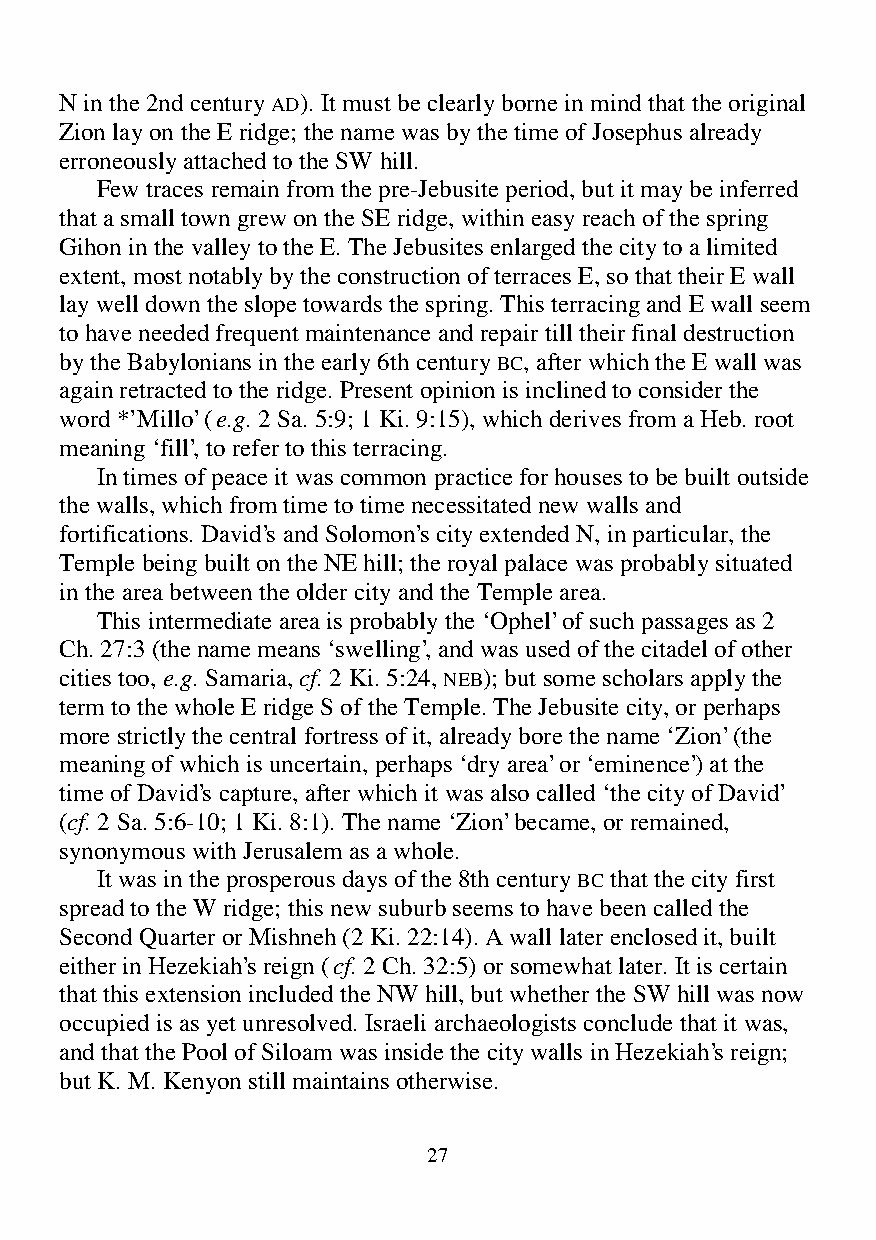
N in the 2nd century AD). It must be clearly borne in mind that the original
 Zion lay on the E ridge; the name was by the time of Josephus already
 erroneously attached to the SW hill.
 Few traces remain from the pre-Jebusite period, but it may be inferred
 that a small town grew on the SE ridge, within easy reach of the spring
 Gihon in the valley to the E. The Jebusites enlarged the city to a limited
 extent, most notably by the construction of terraces E, so that their E wall
 lay well down the slope towards the spring. This terracing and E wall seem
 to have needed frequent maintenance and repair till their final destruction
 by the Babylonians in the early 6th century BC, after which the E wall was
 again retracted to the ridge. Present opinion is inclined to consider the
 word *’Millo’ (e.g. 2 Sa. 5:9; 1 Ki. 9:15), which derives from a Heb. root
 meaning ‘fill’, to refer to this terracing.
 In times of peace it was common practice for houses to be built outside
 the walls, which from time to time necessitated new walls and
 fortifications. David’s and Solomon’s city extended N, in particular, the
 Temple being built on the NE hill; the royal palace was probably situated
 in the area between the older city and the Temple area.
 This intermediate area is probably the ‘Ophel’ of such passages as 2
 Ch. 27:3 (the name means ‘swelling’, and was used of the citadel of other
 cities too, e.g. Samaria, cf. 2 Ki. 5:24, NEB); but some scholars apply the
 term to the whole E ridge S of the Temple. The Jebusite city, or perhaps
 more strictly the central fortress of it, already bore the name ‘Zion’ (the
 meaning of which is uncertain, perhaps ‘dry area’ or ‘eminence’) at the
 time of David’s capture, after which it was also called ‘the city of David’
 (cf. 2 Sa. 5:6-10; 1 Ki. 8:1). The name ‘Zion’ became, or remained,
 synonymous with Jerusalem as a whole.
 It was in the prosperous days of the 8th century BC that the city first
 spread to the W ridge; this new suburb seems to have been called the
 Second Quarter or Mishneh (2 Ki. 22:14). A wall later enclosed it, built
 either in Hezekiah’s reign (cf. 2 Ch. 32:5) or somewhat later. It is certain
 that this extension included the NW hill, but whether the SW hill was now
 occupied is as yet unresolved. Israeli archaeologists conclude that it was,
 and that the Pool of Siloam was inside the city walls in Hezekiah’s reign;
 but K. M. Kenyon still maintains otherwise.
 27